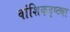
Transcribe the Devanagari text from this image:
वांशिकदृष्ट्या